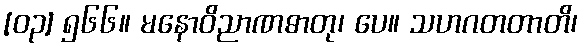
[၀၃] ၅၆၆။ မနောဝိညာဏဓာတု၊ ပေ။ သဟဂတတာတိ၊